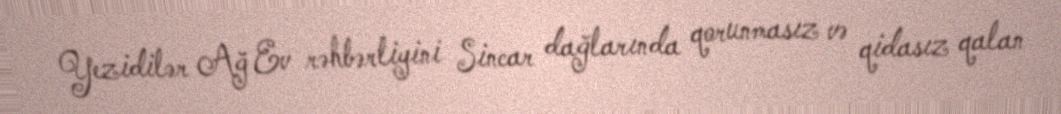
Yezidilər Ağ Ev rəhbərliyini Sincar dağlarında qorunmasız və qidasız qalan